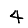
Digit: 4